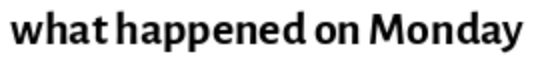
what happened on Monday